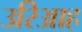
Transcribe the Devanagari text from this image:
उरिआह